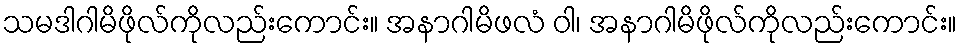
သမဒါဂါမိဖိုလ်ကိုလည်းကောင်း။ အနာဂါမိဖလံ ဝါ၊ အနာဂါမိဖိုလ်ကိုလည်းကောင်း။